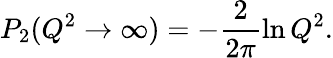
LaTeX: P_{2}(Q^{2}\rightarrow\infty)=-\frac{2}{2\pi}\ln Q^{2}.